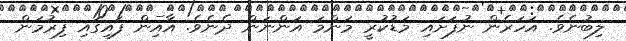
ލިބުނެވެ. އަހަރެން ނުފަށައި މަޑުކުރީ މަންމަ އަންނަން ދެނެވެ. އާއިން ފައިގައި ފިރުމަން